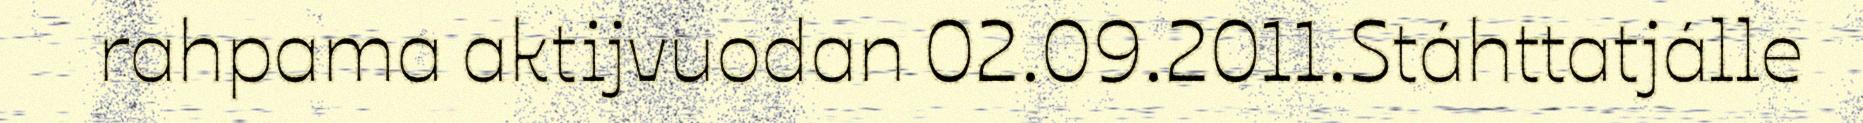
rahpama aktijvuodan 02.09.2011.Stáhttatjálle